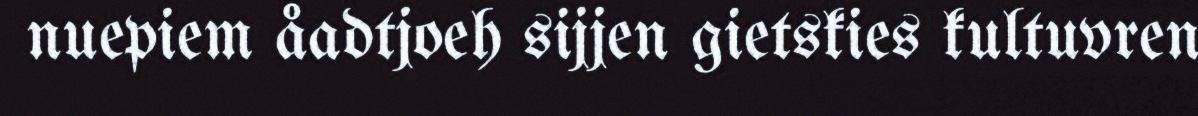
nuepiem åadtjoeh sijjen gietskies kultuvren